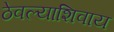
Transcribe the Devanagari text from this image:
ठेवल्याशिवाय